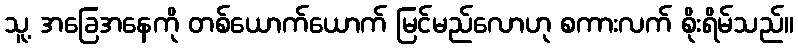
သူ့ အခြေအနေကို တစ်ယောက်ယောက် မြင်မည်လောဟု စကားလက် စိုးရိမ်သည်။